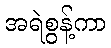
အရဲစွန့်ကာ